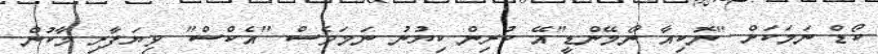
ކޯޑް ނަމަކަށް "ނޮކިއާ ނޯމޭންޑީ"އޭ ކުރިން ކިޔުނު ނަމަވެސް "އެކްސް" ވިޔަފާރި މާކުން